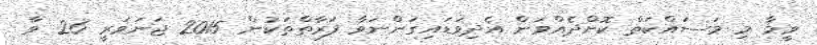
ވީމާ މި މަސައްކަތް ކޮށްދެއްވަން އެދިވަޑައިގަންނަވާ ފަރާތްތަކުން 2015 ޖަނަވަރީ 26 ވާ